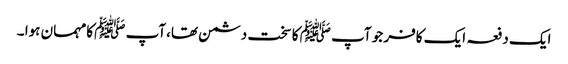
ایک دفعہ ایک کافر جو آپ ﷺ کا سخت دشمن تھا،آپ ﷺ کامہمان ہوا ۔